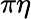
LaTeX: \pi\eta